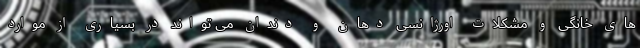
های خانگی و مشکلات اورژانسی دهان و دندان می تواند در بسیاری از موارد